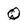
Character: Q